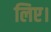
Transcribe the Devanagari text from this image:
लिए।